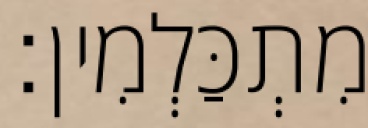
מִתְכַּלְמִין׃